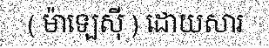
( ម៉ាឡេស៊ី ) ដោយសារ